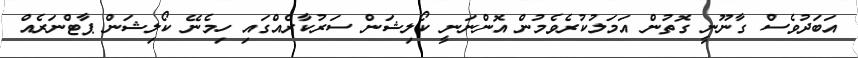
އަބަދުވެސް ގާނޫނީ ގޮތުން އަމަލުކުރެވެމުން އޮންނަނީ ކޯލިޝަން ސަރުކާރެއްގައި ހިމެނޭ ކޯލިޝަން ޕާޓްނަރެއް